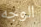
الوجه